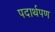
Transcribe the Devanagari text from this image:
पदार्थपण